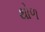
થોળ